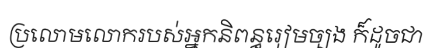
ប្រលោមលោករបស់អ្នកនិពន្ធរៀមច្បង ក៏ដូចជា